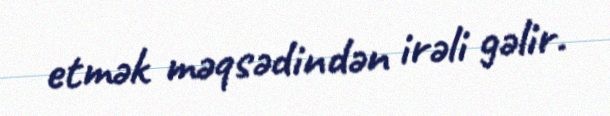
etmək məqsədindən irəli gəlir.